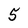
Character: 5